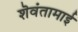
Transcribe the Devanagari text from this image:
शॆवंतामाई